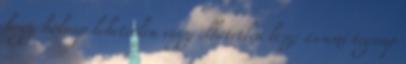
hogy holnap lehetetlen vagy élhetetlen lesz; és ami tegnap